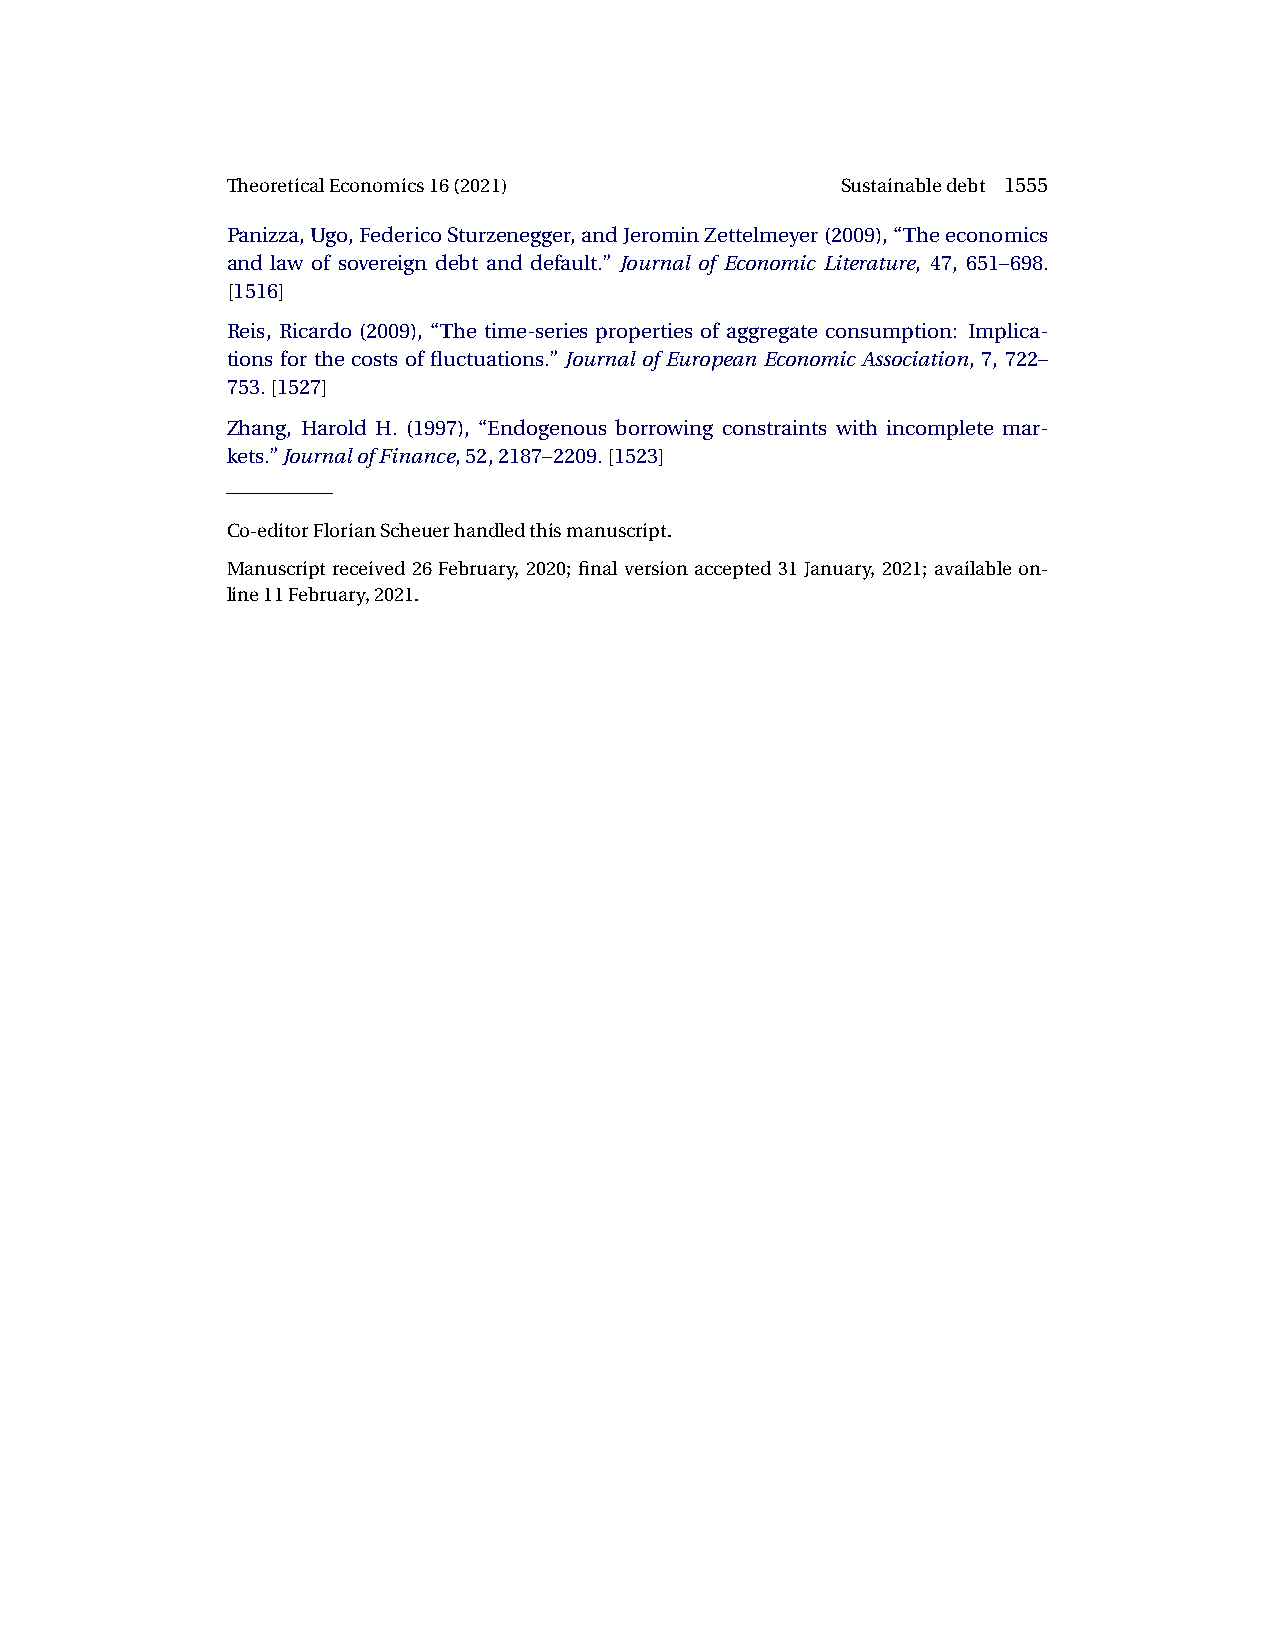
TheoreticalEconomics16(2021)             Sustainabledebt 1555
 Panizza,Ugo,FedericoSturzenegger,andJerominZettelmeyer(2009),“Theeconomics
 and law of sovereign debt and default.” Journal of Economic Literature, 47, 651–698.
 [1516]
 Reis, Ricardo (2009), “The time-series properties of aggregate consumption: Implica-
 tions for the costs of fluctuations.” Journal of European Economic Association, 7, 722–
 753.[1527]
 Zhang, Harold H. (1997), “Endogenous borrowing constraints with incomplete mar-
 kets.”JournalofFinance,52,2187–2209.[1523]
 Co-editorFlorianScheuerhandledthismanuscript.
 Manuscriptreceived26February, 2020; final versionaccepted31 January, 2021; available on-
 line11February,2021.